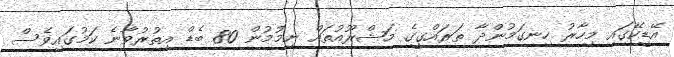
އޭޑީކޭގައި މިހާރު ހިނގަމުންދާ ތަރައްގީގެ މަޝްރޫއުތައް ނިމުމުން 80 ބެޑް އިތުރުވާނެ ކަމުގައިވެސް